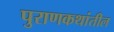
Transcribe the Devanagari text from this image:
पुराणकथांतील